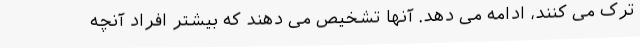
ترک می کنند، ادامه می دهد. آنها تشخیص می دهند که بیشتر افراد آنچه